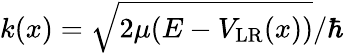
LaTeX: k(x)=\sqrt{2\mu(E-V_{\mathrm{LR}}(x))}/\hbar